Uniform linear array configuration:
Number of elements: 8
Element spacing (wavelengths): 0.5
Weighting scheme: blackman
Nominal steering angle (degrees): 30
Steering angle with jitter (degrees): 31.907
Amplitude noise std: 0.05
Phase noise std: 0.05

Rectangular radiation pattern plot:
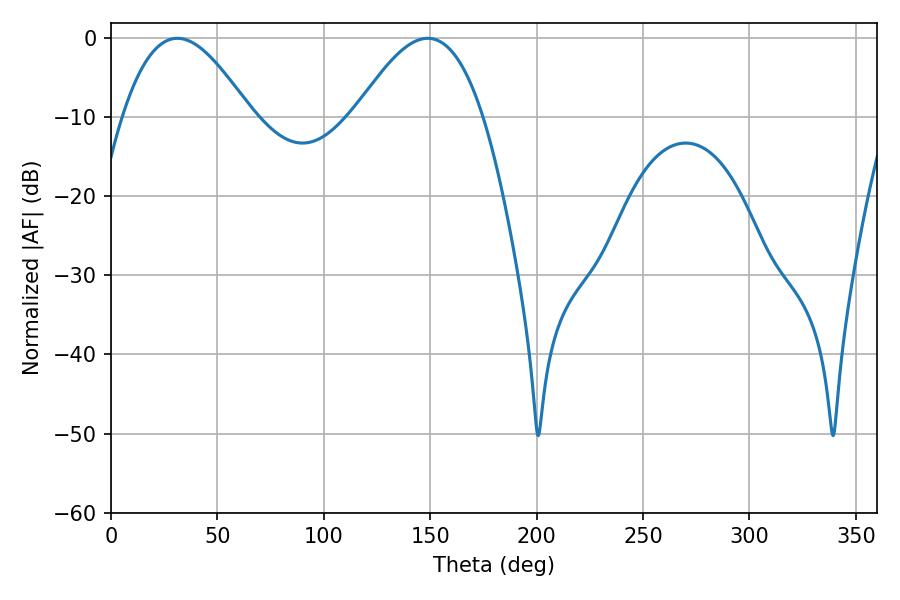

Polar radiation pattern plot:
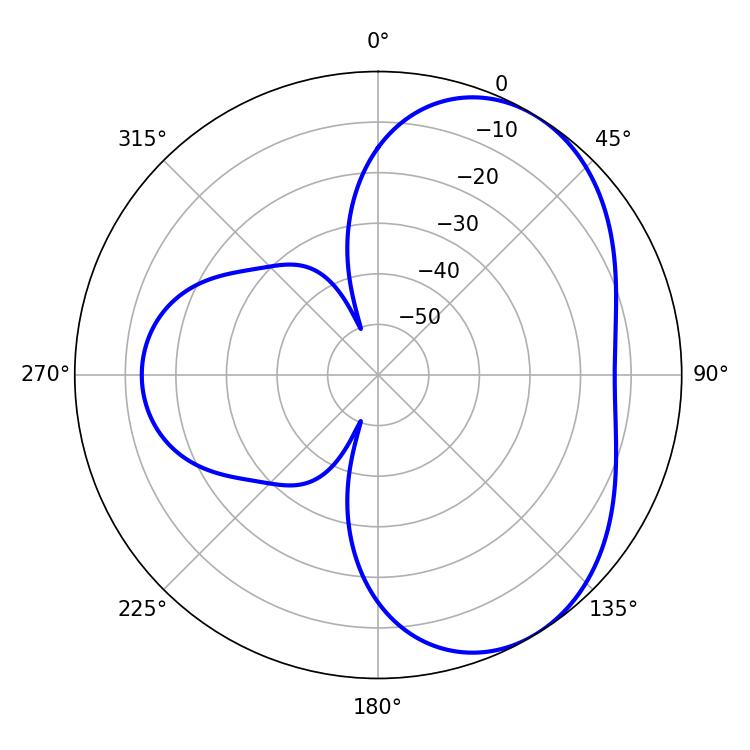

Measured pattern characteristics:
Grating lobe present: FALSE
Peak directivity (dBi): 4.709
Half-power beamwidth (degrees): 32.58
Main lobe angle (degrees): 31.14